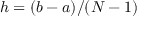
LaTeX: h = ( b - a ) / ( N - 1 )